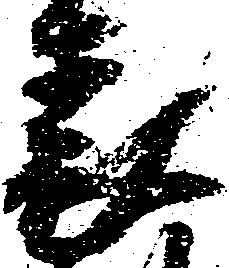
表